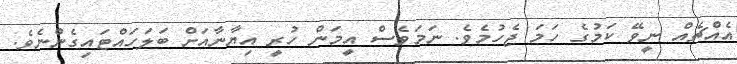
އެއްޗެއް ނީވޭ ކަމުގެ ހަމަ ޖެހުމެވެ. ނަމަވެސް އީމަން ހުރީ އިޔާނާއަށް ބަލަހައްޓައިގެންނެވެ.